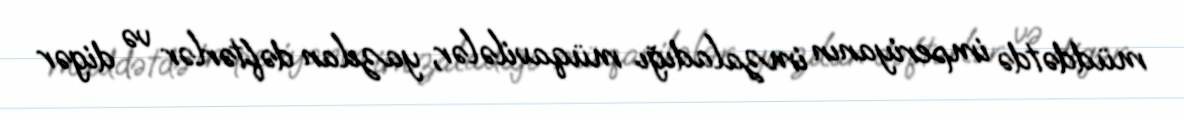
müddətdə imperiyanın imzaladığı müqavilələr, yazılan dəftərlər və digər